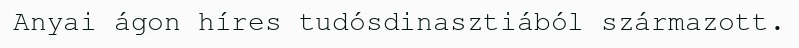
Anyai ágon híres tudósdinasztiából származott.